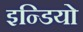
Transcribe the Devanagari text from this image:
इन्डियो